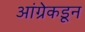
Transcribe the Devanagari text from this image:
आंग्रेकडून